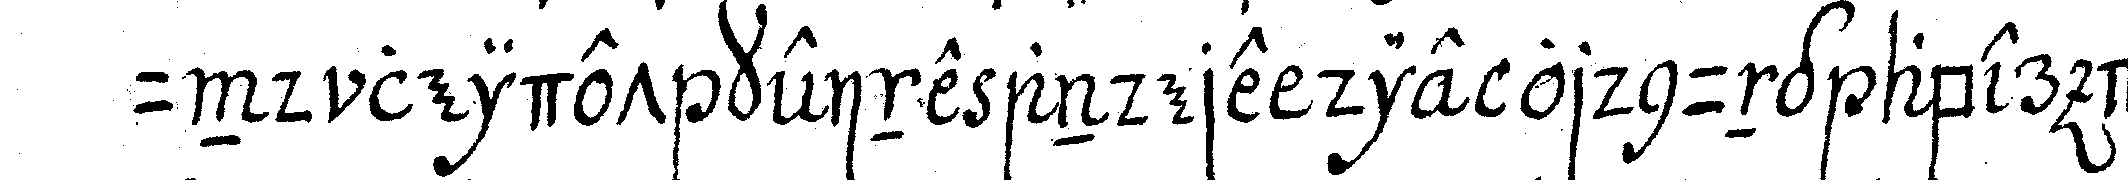
und leidet keine andere die ordnung aber der